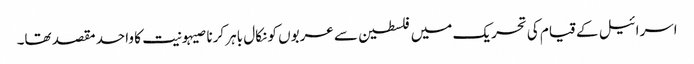
اسرائیل کے قیام کی تحریک میں فلسطین سے عربوں کو نکال باہر کرنا صیہونیت کا واحد مقصد تھا۔